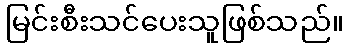
မြင်းစီးသင်ပေးသူဖြစ်သည်။